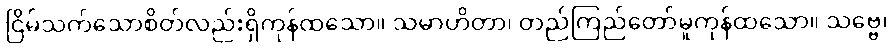
ငြိမ်သက်သောစိတ်လည်းရှိကုန်ထသော။ သမာဟိတာ၊ တည်ကြည်တော်မူကုန်ထသော။ သဗ္ဗေ၊